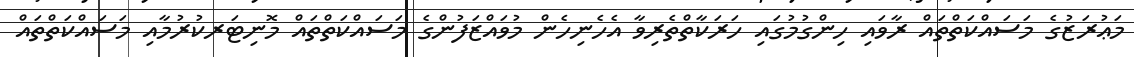
މަޢުރަޒުގެ މަސައްކަތްތައް ރާވައި ހިންގުމުގައި ހަރަކާތްތެރިވާ އެހެނިހެން މުވައްޒަފުންގެ މަސައްކަތްތައް މޮނިޓަރކުރުމާއި މަސައްކަތްތައް